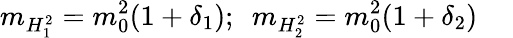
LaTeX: m_{H_{1}^{2}}=m_{0}^{2}(1+\delta_{1});~~m_{H_{2}^{2}}=m_{0}^{2}(1+\delta_{2})~~~~~